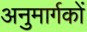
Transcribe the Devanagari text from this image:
अनुमार्गकों